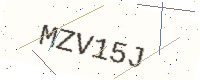
Text: MZV15J